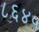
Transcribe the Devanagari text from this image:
८६४५